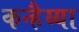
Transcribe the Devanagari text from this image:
कन्हैय्या